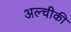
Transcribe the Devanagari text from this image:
अल्चीकी